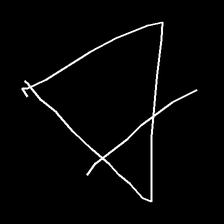
Glyph: empower